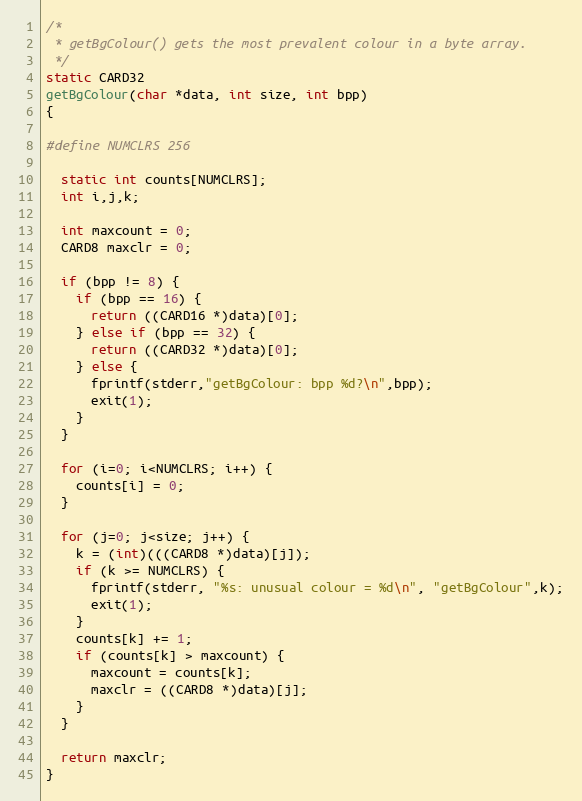
Language: C++
/*
 * getBgColour() gets the most prevalent colour in a byte array.
 */
static CARD32
getBgColour(char *data, int size, int bpp)
{

#define NUMCLRS 256

  static int counts[NUMCLRS];
  int i,j,k;

  int maxcount = 0;
  CARD8 maxclr = 0;

  if (bpp != 8) {
    if (bpp == 16) {
      return ((CARD16 *)data)[0];
    } else if (bpp == 32) {
      return ((CARD32 *)data)[0];
    } else {
      fprintf(stderr,"getBgColour: bpp %d?\n",bpp);
      exit(1);
    }
  }

  for (i=0; i<NUMCLRS; i++) {
    counts[i] = 0;
  }

  for (j=0; j<size; j++) {
    k = (int)(((CARD8 *)data)[j]);
    if (k >= NUMCLRS) {
      fprintf(stderr, "%s: unusual colour = %d\n", "getBgColour",k);
      exit(1);
    }
    counts[k] += 1;
    if (counts[k] > maxcount) {
      maxcount = counts[k];
      maxclr = ((CARD8 *)data)[j];
    }
  }

  return maxclr;
}